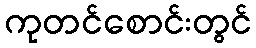
ကုတင်စောင်းတွင်